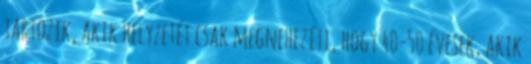
tartozik, akik helyzetét csak megnehezíti, hogy 40-50 évesek, akik